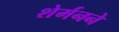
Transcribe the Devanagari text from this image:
शेर्मनने